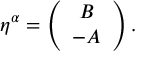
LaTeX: \eta ^ { \alpha } = \left( \begin{array} { c } { { B } } \\ { { - A } } \end{array} \right) .